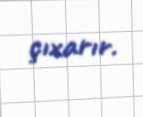
çıxarır.